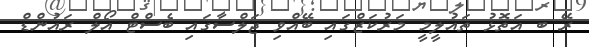
ރޭ ބ އަތޮޅު ތައުލީމީ މަރުކަޒްގައި ބޭއްވި ޖަލްސާގައި ބެސްޓް އޯލް ރައުންޑް